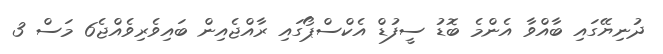
ދުނިޔޭގައި ބާއްވާ އެންމެ ބޮޑު ސީފުޑް އެކްސްޕޯގައި ރާއްޖެއިން ބައިވެރިވެއްޖެ6 މަސް 3